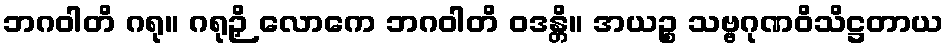
ဘဂဝါတိ ဂရု။ ဂရုဉှိ လောကေ ဘဂဝါတိ ဝဒန္တိ။ အယဉ္စ သဗ္ဗဂုဏဝိသိဋ္ဌတာယ